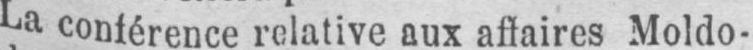
La conférence relative aux affaires Moldo-